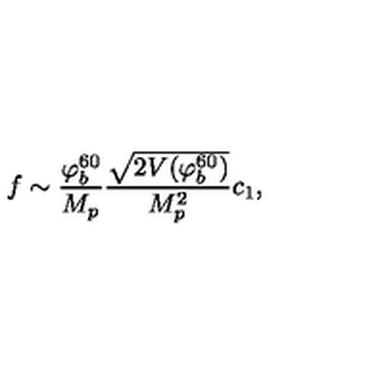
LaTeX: f \sim { \frac { \varphi _ { b } ^ { 6 0 } } { M _ { p } } } { \frac { \sqrt { 2 V ( \varphi _ { b } ^ { 6 0 } ) } } { M _ { p } ^ { 2 } } } c _ { 1 } ,